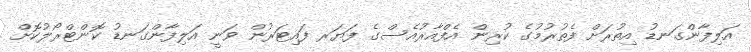
އަލިފާންގަނޑު އިތުރަށް ފެތުރުމުގެ ކުރިން އެފްއާރުއެސްގެ ފަޔަރ ފައިޓަރުން ވަނީ އަލިފާންގަނޑު ކޮންޓްރޯލުކޮށް